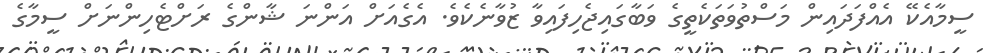
ސީމާއެކޭ އެއްފަދައިން މަސްތުވަަތަކެތީގެ ވަބާގައިޖެހިފައިވާ ޒުވާނެކެވެ. އެގެއަށް އަންނަ ޝާންގެ ރަށްޓެހިންނަށް ސީމާގެ